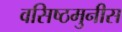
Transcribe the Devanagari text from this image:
वसिष्ठमुनीस